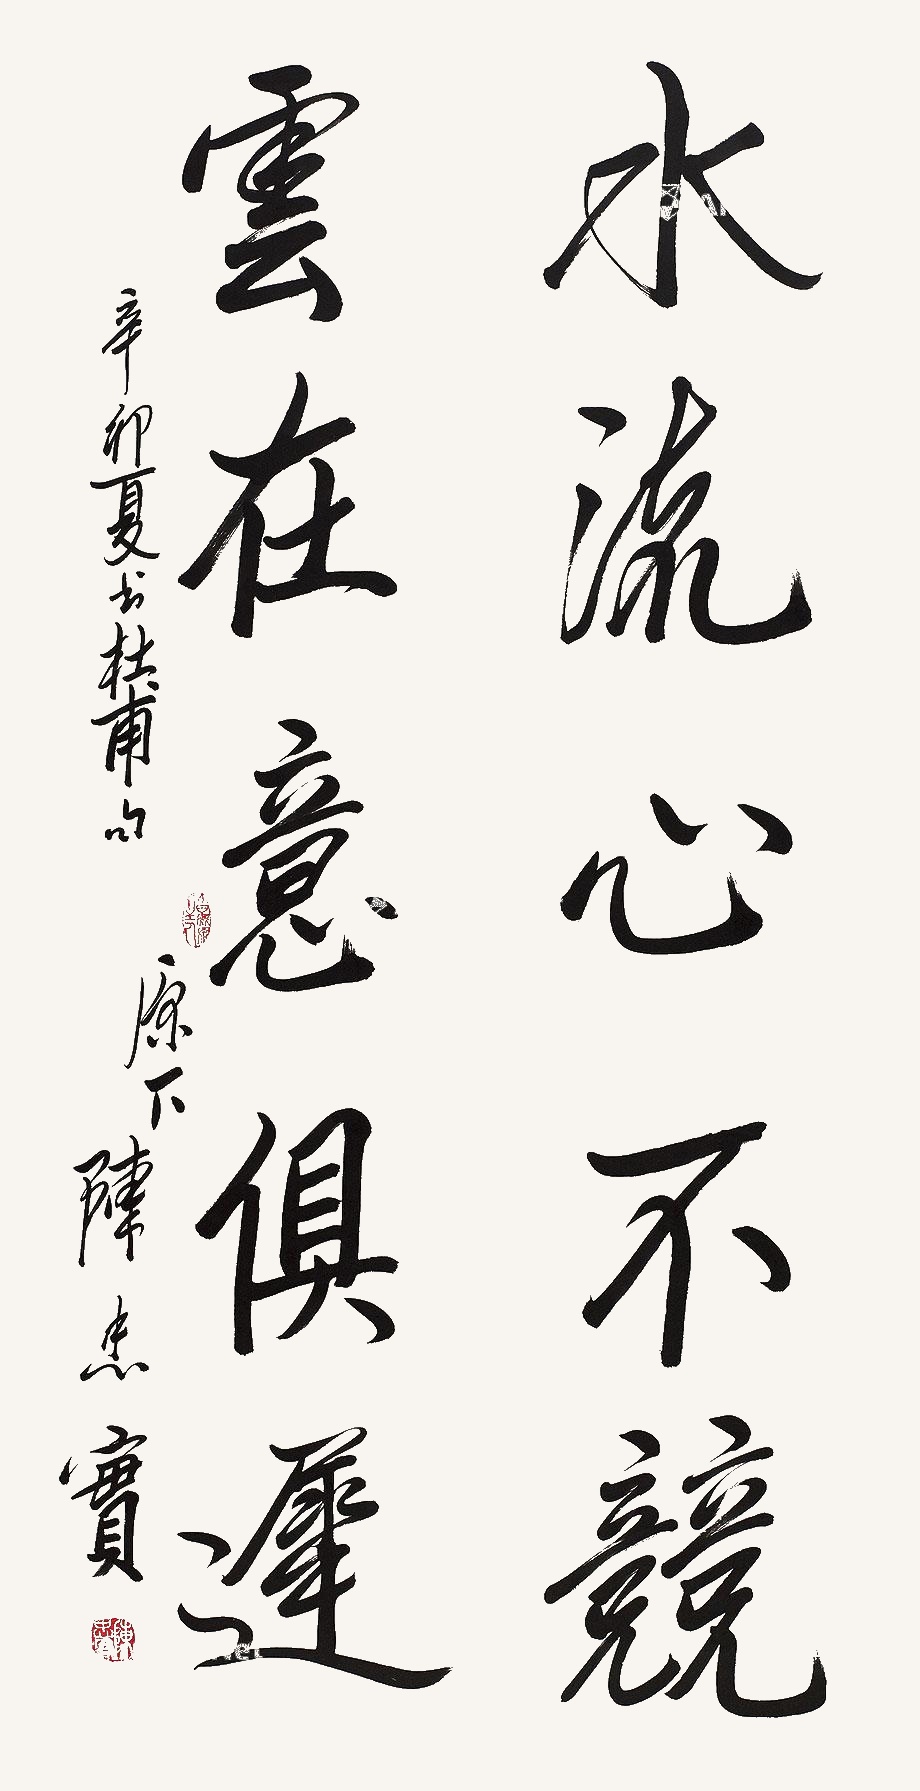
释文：水流心不竞，云在意俱迟。辛卯夏书杜甫句。原下陈忠实。